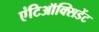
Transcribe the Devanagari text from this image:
एंटिऑक्सिडेंट